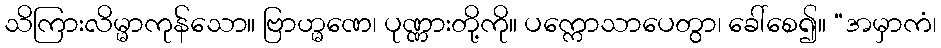
သိကြားလိမ္မာကုန်သော။ ဗြာဟ္မဏေ၊ ပုဏ္ဏားတို့ကို။ ပက္ကောသာပေတွာ၊ ခေါ်စေ၍။ “အမှာကံ၊